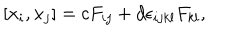
LaTeX: \hspace { + 5 e m } [ x _ { i } , x _ { j } ] = c F _ { i j } + d \epsilon _ { i j k l } F _ { k l } ,